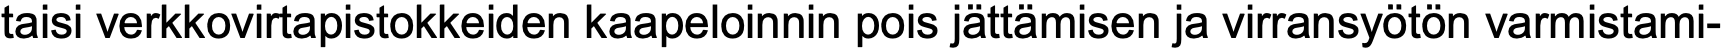
taisi verkkovirtapistokkeiden kaapeloinnin pois jättämisen ja virransyötön varmistami-